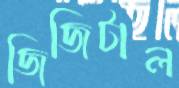
জিজিটাল